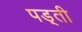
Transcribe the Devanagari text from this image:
पड़्ती